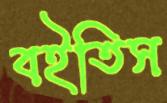
বইতিস